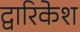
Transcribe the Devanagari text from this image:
द्वारिकेश